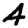
Digit: 4